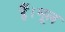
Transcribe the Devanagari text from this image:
हैं।मूल